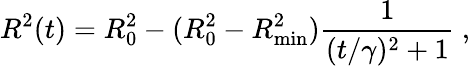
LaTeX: R^{2}(t)=R_{0}^{2}-(R_{0}^{2}-R_{\mathrm{min}}^{2})\frac{1}{(t/\gamma)^{2}+1}~,